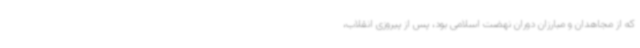
که از مجاهدان و مبارزان دوران نهضت اسلامی بود، پس از پیروزی انقلاب،